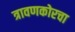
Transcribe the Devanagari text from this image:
त्रावणकोरचा